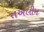
તઅલીમ